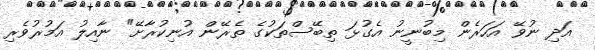
އަދި ނުވޭ އަހަރެން މިބުނީނު އެގުޅަ ތިބޭސްތަކުގެ ތެރޭން އުނިކުރާށޭ" ނާއިލު އަމުރުވެރި